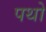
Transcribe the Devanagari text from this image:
पथो